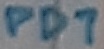
Text: PD7